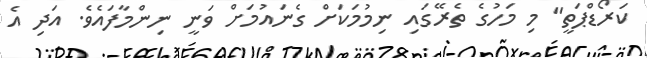
ކަރޯޑްޕަތީ" މި މަހުގެ ތެރޭގައި ނިމުމަކަށް ގެނައުމަށް ވަނީ ނިންމާފައެވެ. އަދި އެ